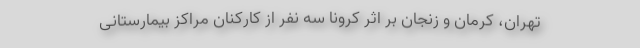
تهران، کرمان و زنجان بر اثر کرونا سه نفر از کارکنان مراکز بیمارستانی